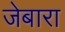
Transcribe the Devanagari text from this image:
जेबारा